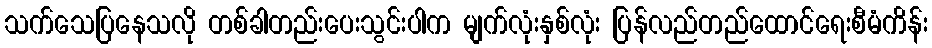
သက်သေပြနေသလို တစ်ခါတည်းပေးသွင်းပါက မျက်လုံးနှစ်လုံး ပြန်လည်တည်ထောင်ရေးစီမံကိန်း